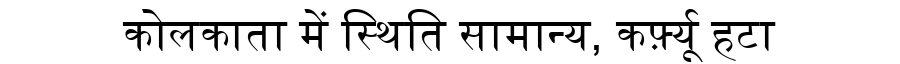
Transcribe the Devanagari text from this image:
कोलकाता में स्थिति सामान्य, कर्फ़्यू हटा